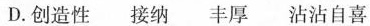
D.创造性接纳丰厚沾沾自喜